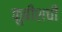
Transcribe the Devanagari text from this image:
कुबीशची